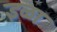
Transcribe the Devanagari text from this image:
इळा